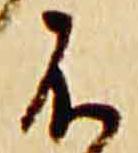
不